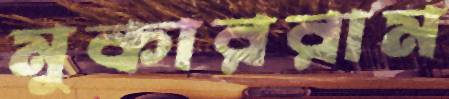
মুকাররাম